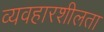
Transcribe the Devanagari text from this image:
व्यवहारशीलता